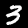
Label: 3